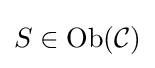
S\in {\text{Ob}}({\mathcal {C}})